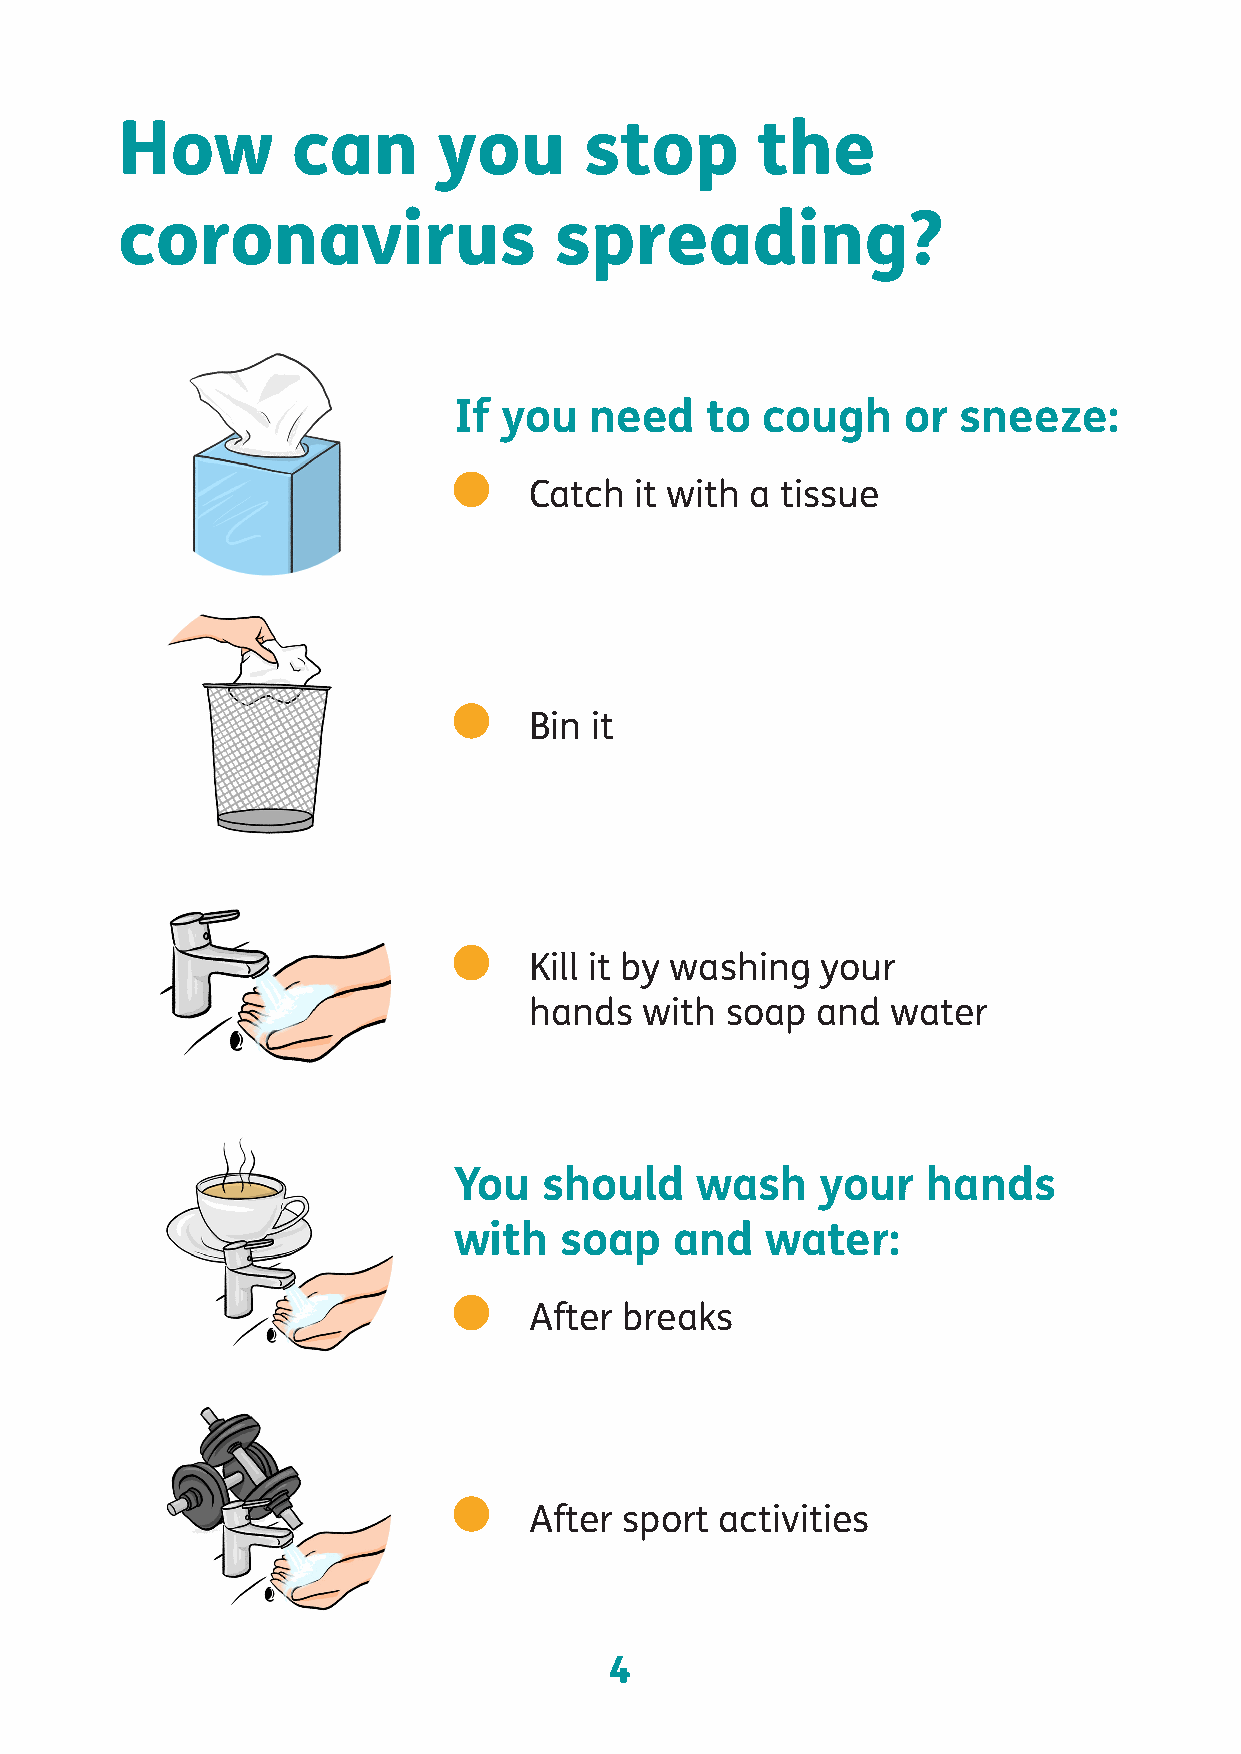
How        can       you       stop       the
 coronavirus                  spreading?
 If you   need    to  cough    or  sneeze:
 Catch  it with a tissue
 Bin it
 Kill it by washing your
 hands  with  soap  and  water
 You   should    wash    your   hands
 with   soap    and   water:
 After breaks
 After sport  activities
 4